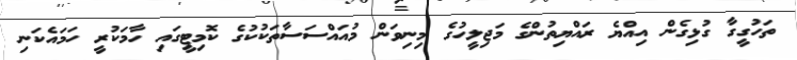
ތަހުގީގާ ގުޅިގެން އިއްޔެ ރައްޔިތުންގެ މަޖިލީހުގެ މިނިވަން މުއައްސަސާތަކުކުގެ ކޮމިޓީގައި ހާމަކުރީ ހަމައެކަނި